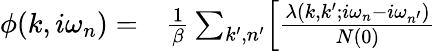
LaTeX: \begin{array}{rl}{\phi(k,i\omega_{n})=}&{{}\frac{1}{\beta}\sum_{k^{\prime},n^{\prime}}\Bigl[\frac{\lambda(k,k^{\prime};i\omega_{n}-i\omega_{n^{\prime}})}{N(0)}}\end{array}